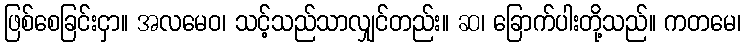
ဖြစ်စေခြင်းငှာ။ အလမေဝ၊ သင့်သည်သာလျှင်တည်း။ ဆ၊ ခြောက်ပါးတို့သည်။ ကတမေ၊